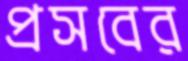
প্রসবের